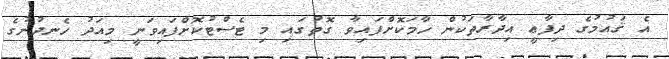
އެ ޤައުމުގެ ދިފާޢީ އިދާރާތަކުން ހާމަކޮށްފައިވާ ގޮތުގައި މި ޓެސްޓުކޮށްފައިވަނީ މިއަދު ހެނދުނުގެ